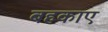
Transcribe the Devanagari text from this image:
बहकाए